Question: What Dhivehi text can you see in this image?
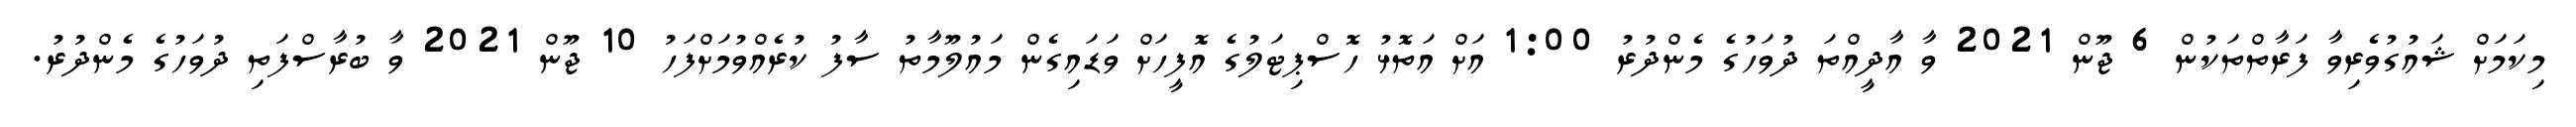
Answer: މިކަމަށް ޝައުގުވެރިވާ ފަރާތްތަކުން 6 ޖޫން 2021 ވާ އާދީއްތަ ދުވަހުގެ މެންދުރު 1:00 އަށް އަތޮޅު ހޮސްޕިޓަލުގެ އޮފީހަށް ވަޑައިގެން މައުލޫމާތު ސާފު ކުރެއްވުމަށްފަހު 10 ޖޫން 2021 ވާ ބުރާސްފަތި ދުވަހުގެ މެންދުރު.